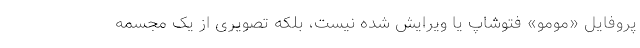
پروفایل «مومو» فتوشاپ یا ویرایش شده نیست، بلکه تصویری از یک مجسمه